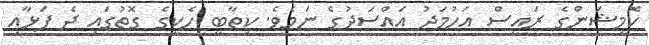
ކޮމިޝަންގެ ރައީސް އަހުމަދު އައްސަދުގެ ނަމެވެ. ކިތާބީ ހެކީގެ ގޮތުގައި ދެ ފަޅާއި